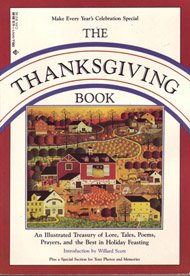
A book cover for Thanksgiving Book, The; Jerome Agel; Cookbooks, Food & Wine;